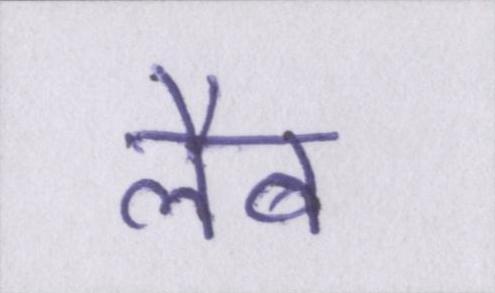
लैब